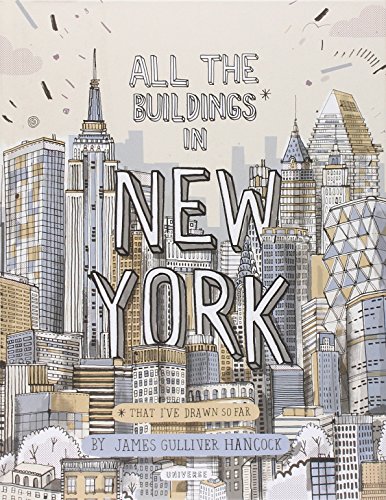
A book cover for All the Buildings in New York: That I've Drawn So Far; James Gulliver Hancock; Arts & Photography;